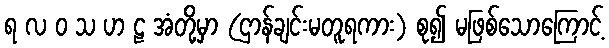
ရ လ ဝ သ ဟ ဠ အံတို့မှာ (ဌာန်ချင်းမတူရကား) စု၍ မဖြစ်သောကြောင့်